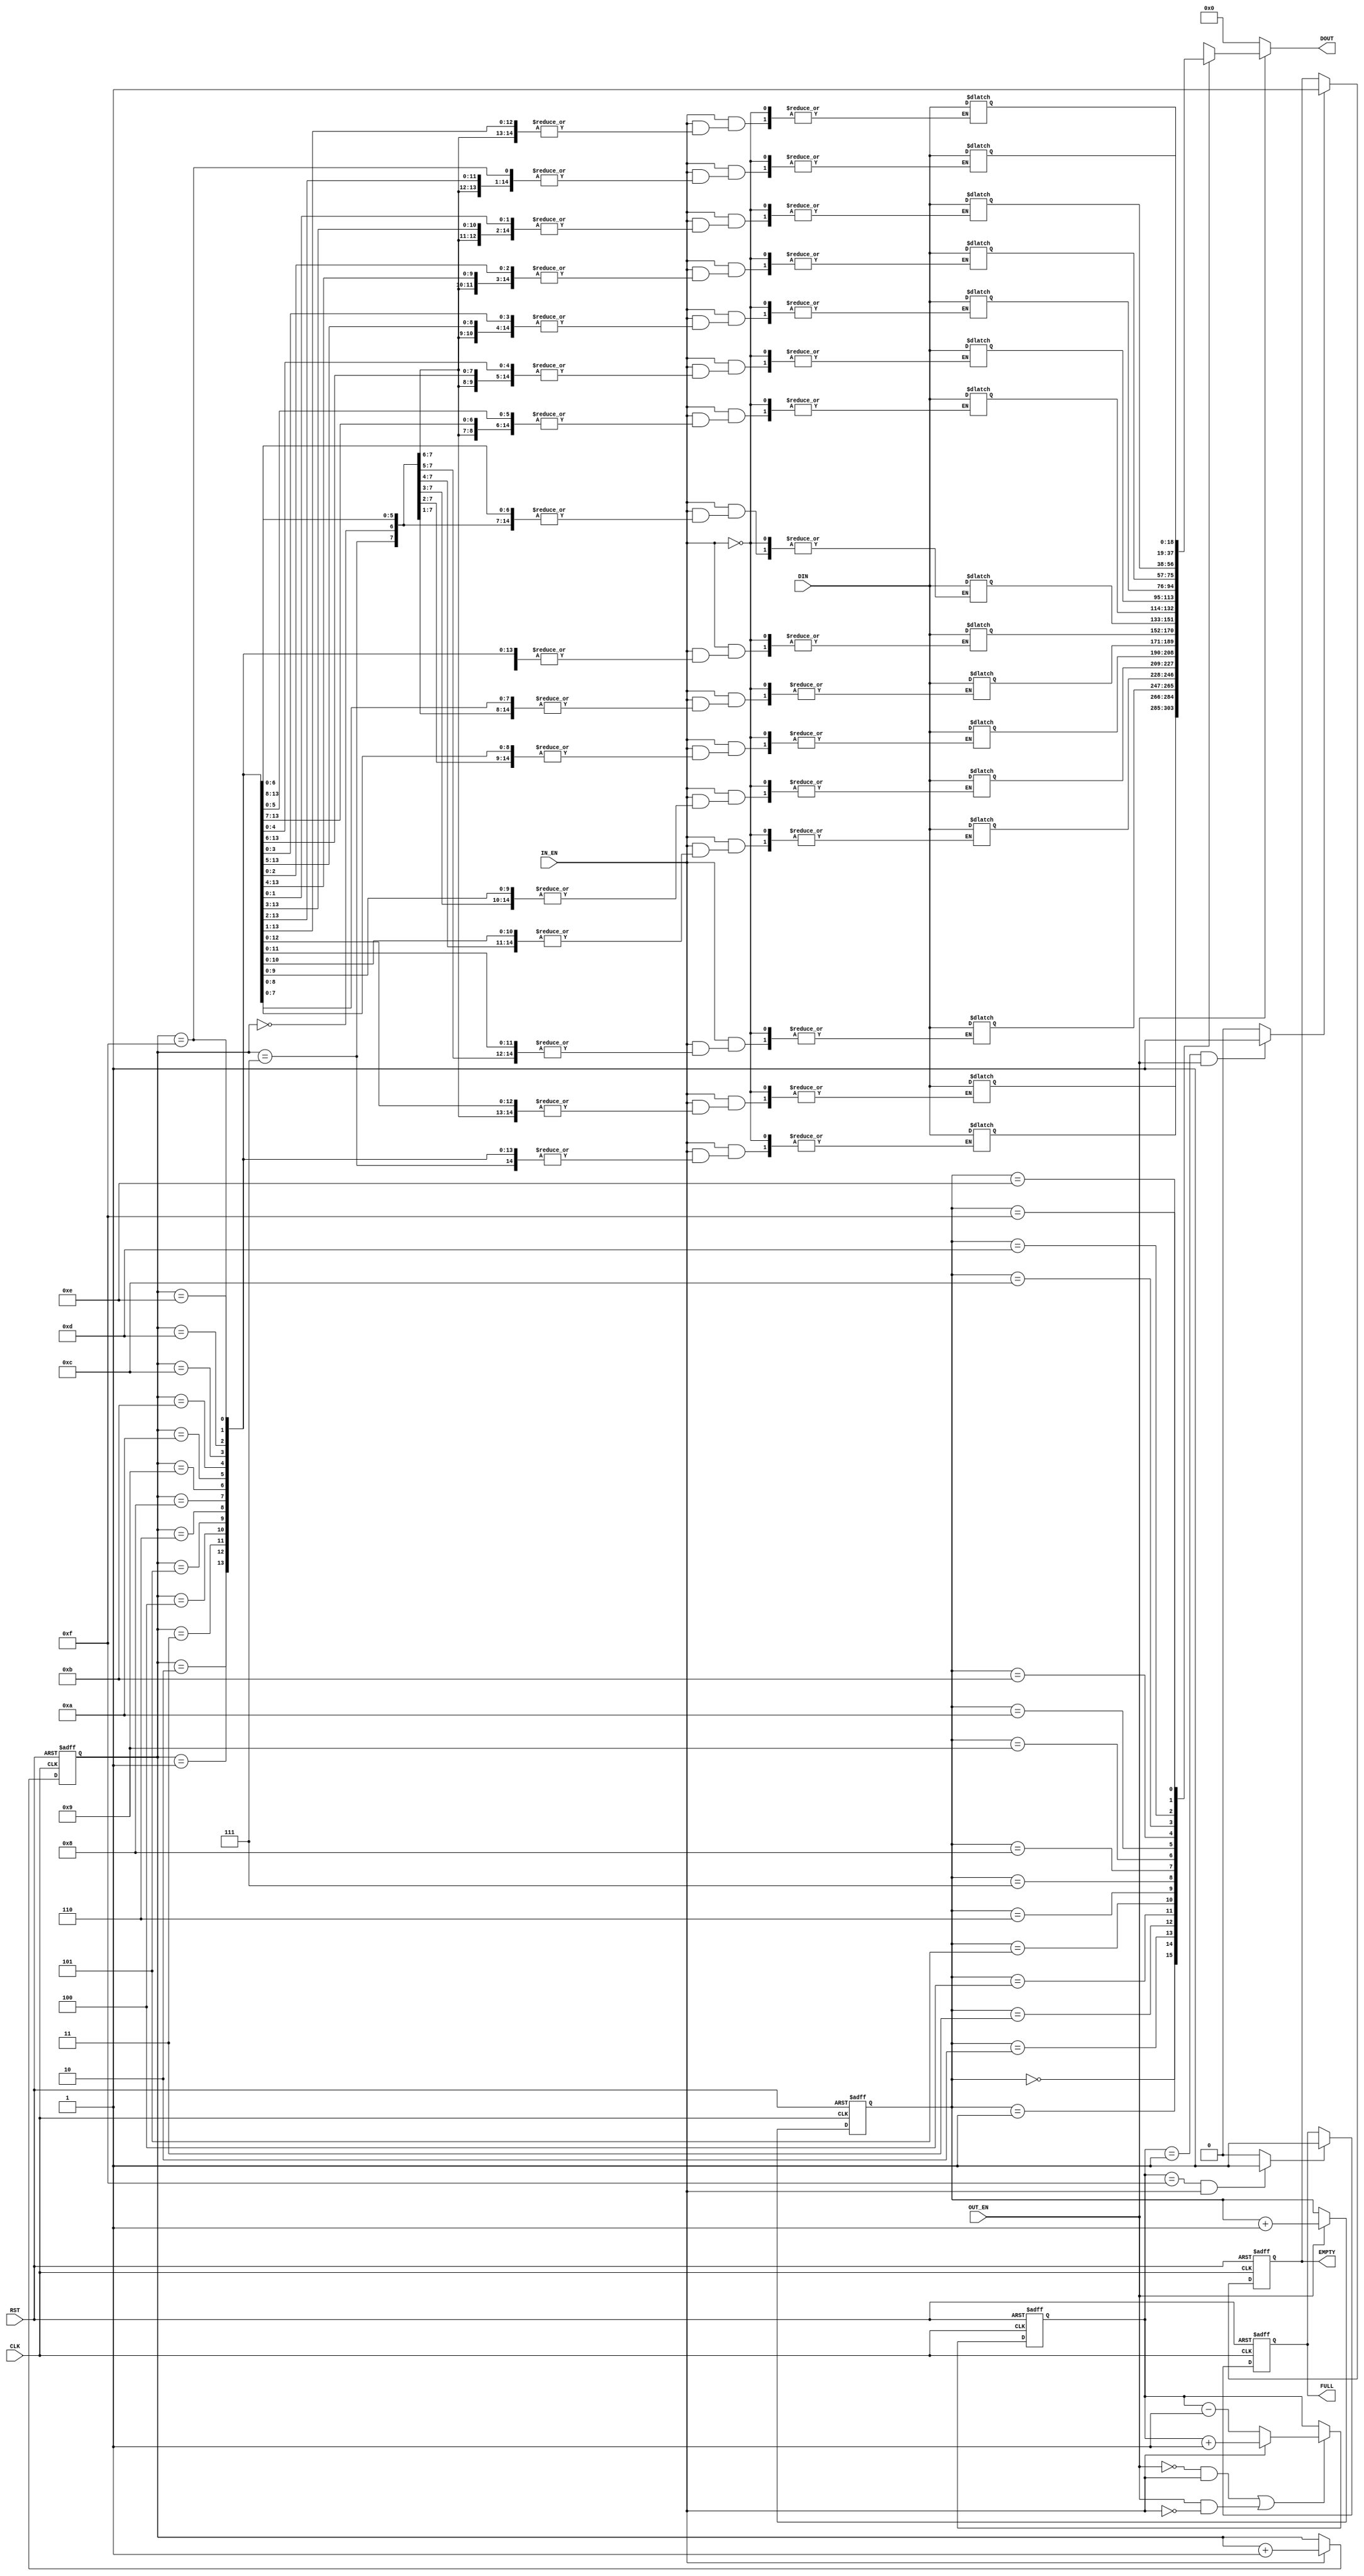
module fifo (CLK,       //input         - clock to sample data in at. (e.g. DRAM_CLK)
             DIN,       //input  [18:0] - data to input into FIFO            width is 19 or some other  19=1( whether next_node is dest id)
             RST,       //input         - reset trigger for shift register                                 +2(ctrl 00:nothing 01:head 10:body 11:tail
             IN_EN,     //input         - input enable (allow shifting to start)                           +16(flit is 16 bits long)
             OUT_EN,     //input         - output enable (allow shifting to start)
             DOUT,      //output [18:0] - data to output from FIFO
             FULL,      //output        - indicate that fifo is full
             EMPTY      //output        - indicate that fifo is empty
            );   
  //  parameter            fifo_depth=16;
  //  parameter            fifo_width=19;            
    input                    CLK;
    input [18:0]   DIN;
    input                    RST;
    input                    IN_EN;
    input                    OUT_EN;
    output[18:0]   DOUT;
    output                   FULL;
    output                   EMPTY; 
    
    wire                 empty_en;
    wire                 full_en;
    
    reg [3:0]            cnthead;
    reg [3:0]            cnttail;
    reg                  full;
    reg                  empty;
    reg [18:0] fifo [0:15] ;
    reg [18:0] DOUT_temp;
    reg  [4:0] fcnt;
    
                
   
    
    //fifo counter
     always @(posedge CLK or posedge RST)
  begin
   if(RST)
          fcnt<=5'b0;
   else if((!OUT_EN&&IN_EN)||(OUT_EN&&!IN_EN))
      begin
       if(IN_EN)
          fcnt<=fcnt+1'b1;
       else           
          fcnt<=fcnt-1'b1;
      end
   else   fcnt<=fcnt;
  end
  
    //head counter
    always@(posedge CLK or posedge RST )
    if(RST)
      cnthead=4'b0000;
    else if(OUT_EN)
      cnthead=cnthead+1;
      
    //tail counter 
    always@(posedge CLK or posedge RST )
    if(RST)
      cnttail=4'b0000;
    else if(IN_EN)
      cnttail=cnttail+1;
      
      // reg full state
    always@(posedge CLK or posedge RST )
    if(RST)
      full=0;
    else if(full_en)
      full=1;
      
      //reg empty state
    always@(posedge CLK or posedge RST )
      if(RST)
        empty=0;
      else if(empty_en)
        empty=1;
        
    // write data into fifo
    always@(IN_EN )
    begin
       if(IN_EN)
         fifo[cnttail]=DIN;
    end
    
    // read data from fifo
   always@( OUT_EN)
   begin
       if(OUT_EN)
         DOUT_temp=fifo[cnthead];
       else
         DOUT_temp=19'h00000;
   end
   
   /// assign some signals!
   assign  full_en=((fcnt==5'b01111&&IN_EN))? 1:0;
   assign  empty_en=((fcnt==5'b00001&&OUT_EN))? 1:0;
   assign  DOUT=DOUT_temp;
   assign  FULL=full;
   assign  EMPTY=empty;
   
 endmodule